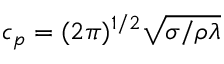
c _ { p } = ( 2 \pi ) ^ { 1 / 2 } \sqrt { { \sigma } / { \rho \lambda } }